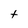
Character: t